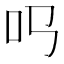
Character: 𠮤